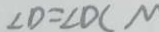
\angle D = \angle D C N